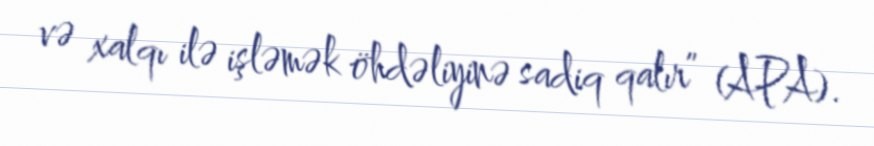
və xalqı ilə işləmək öhdəliyinə sadiq qalır” (APA).